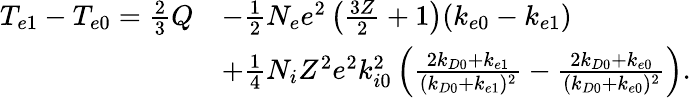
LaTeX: \begin{array}{rl}{T_{e1}-T_{e0}=\frac{2}{3}Q}&{-\frac{1}{2}N_{e}e^{2}\left(\frac{3Z}{2}+1\right)(k_{e0}-k_{e1})}\\ &{+\frac{1}{4}N_{i}Z^{2}e^{2}k_{i0}^{2}\left(\frac{2k_{D0}+k_{e1}}{(k_{D0}+k_{e1})^{2}}-\frac{2k_{D0}+k_{e0}}{(k_{D0}+k_{e0})^{2}}\right).}\end{array}